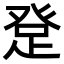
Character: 𤼯